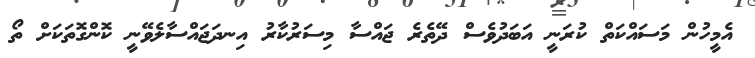
އެމީހުން މަސައްކަތް ކުރަނީ އަބަދުވެސް ދޭތެރެ ޖައްސާ މިސަރުކާރު އިނދަޖައްސާލެވޭނީ ކޮންގޮތަކަށް ތޯ